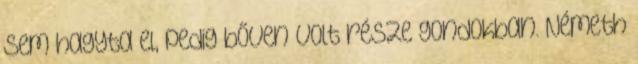
sem hagyta el, pedig bőven volt része gondokban. Németh